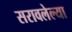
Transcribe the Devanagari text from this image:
सरावलेल्या